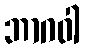
ဘာဂဝါ